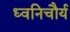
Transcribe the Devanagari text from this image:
ध्वनिचौर्य